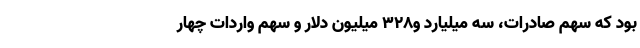
بود که سهم صادرات، سه میلیارد و328 میلیون دلار و سهم واردات چهار